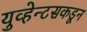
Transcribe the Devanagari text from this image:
युव्हेन्टसकडून